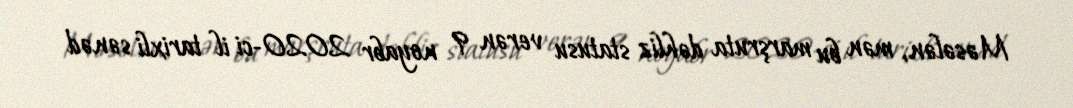
Məsələn, mən bu marşruta dəhliz statusu verən 9 noyabr 2020-ci il tarixli sənəd